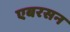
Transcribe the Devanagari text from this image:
एबरसन